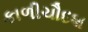
કાળીચૌદશ